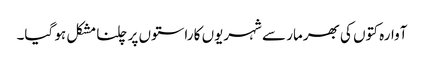
آوارہ کتوں کی بھرمار سے شہریوں کا راستوں پر چلنا مشکل ہو گیا۔